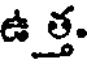
ఉ త్త.